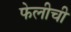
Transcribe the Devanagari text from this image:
फेलीची